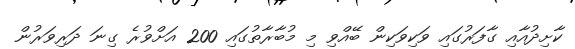
ކާށިދުއާއި ގާފަރުގައި ވަކިވަކިން ބޭއްވި މި މުބާރާތުގައި 200 އަށްވުރެ ގިނަ ދަރިވަރުން